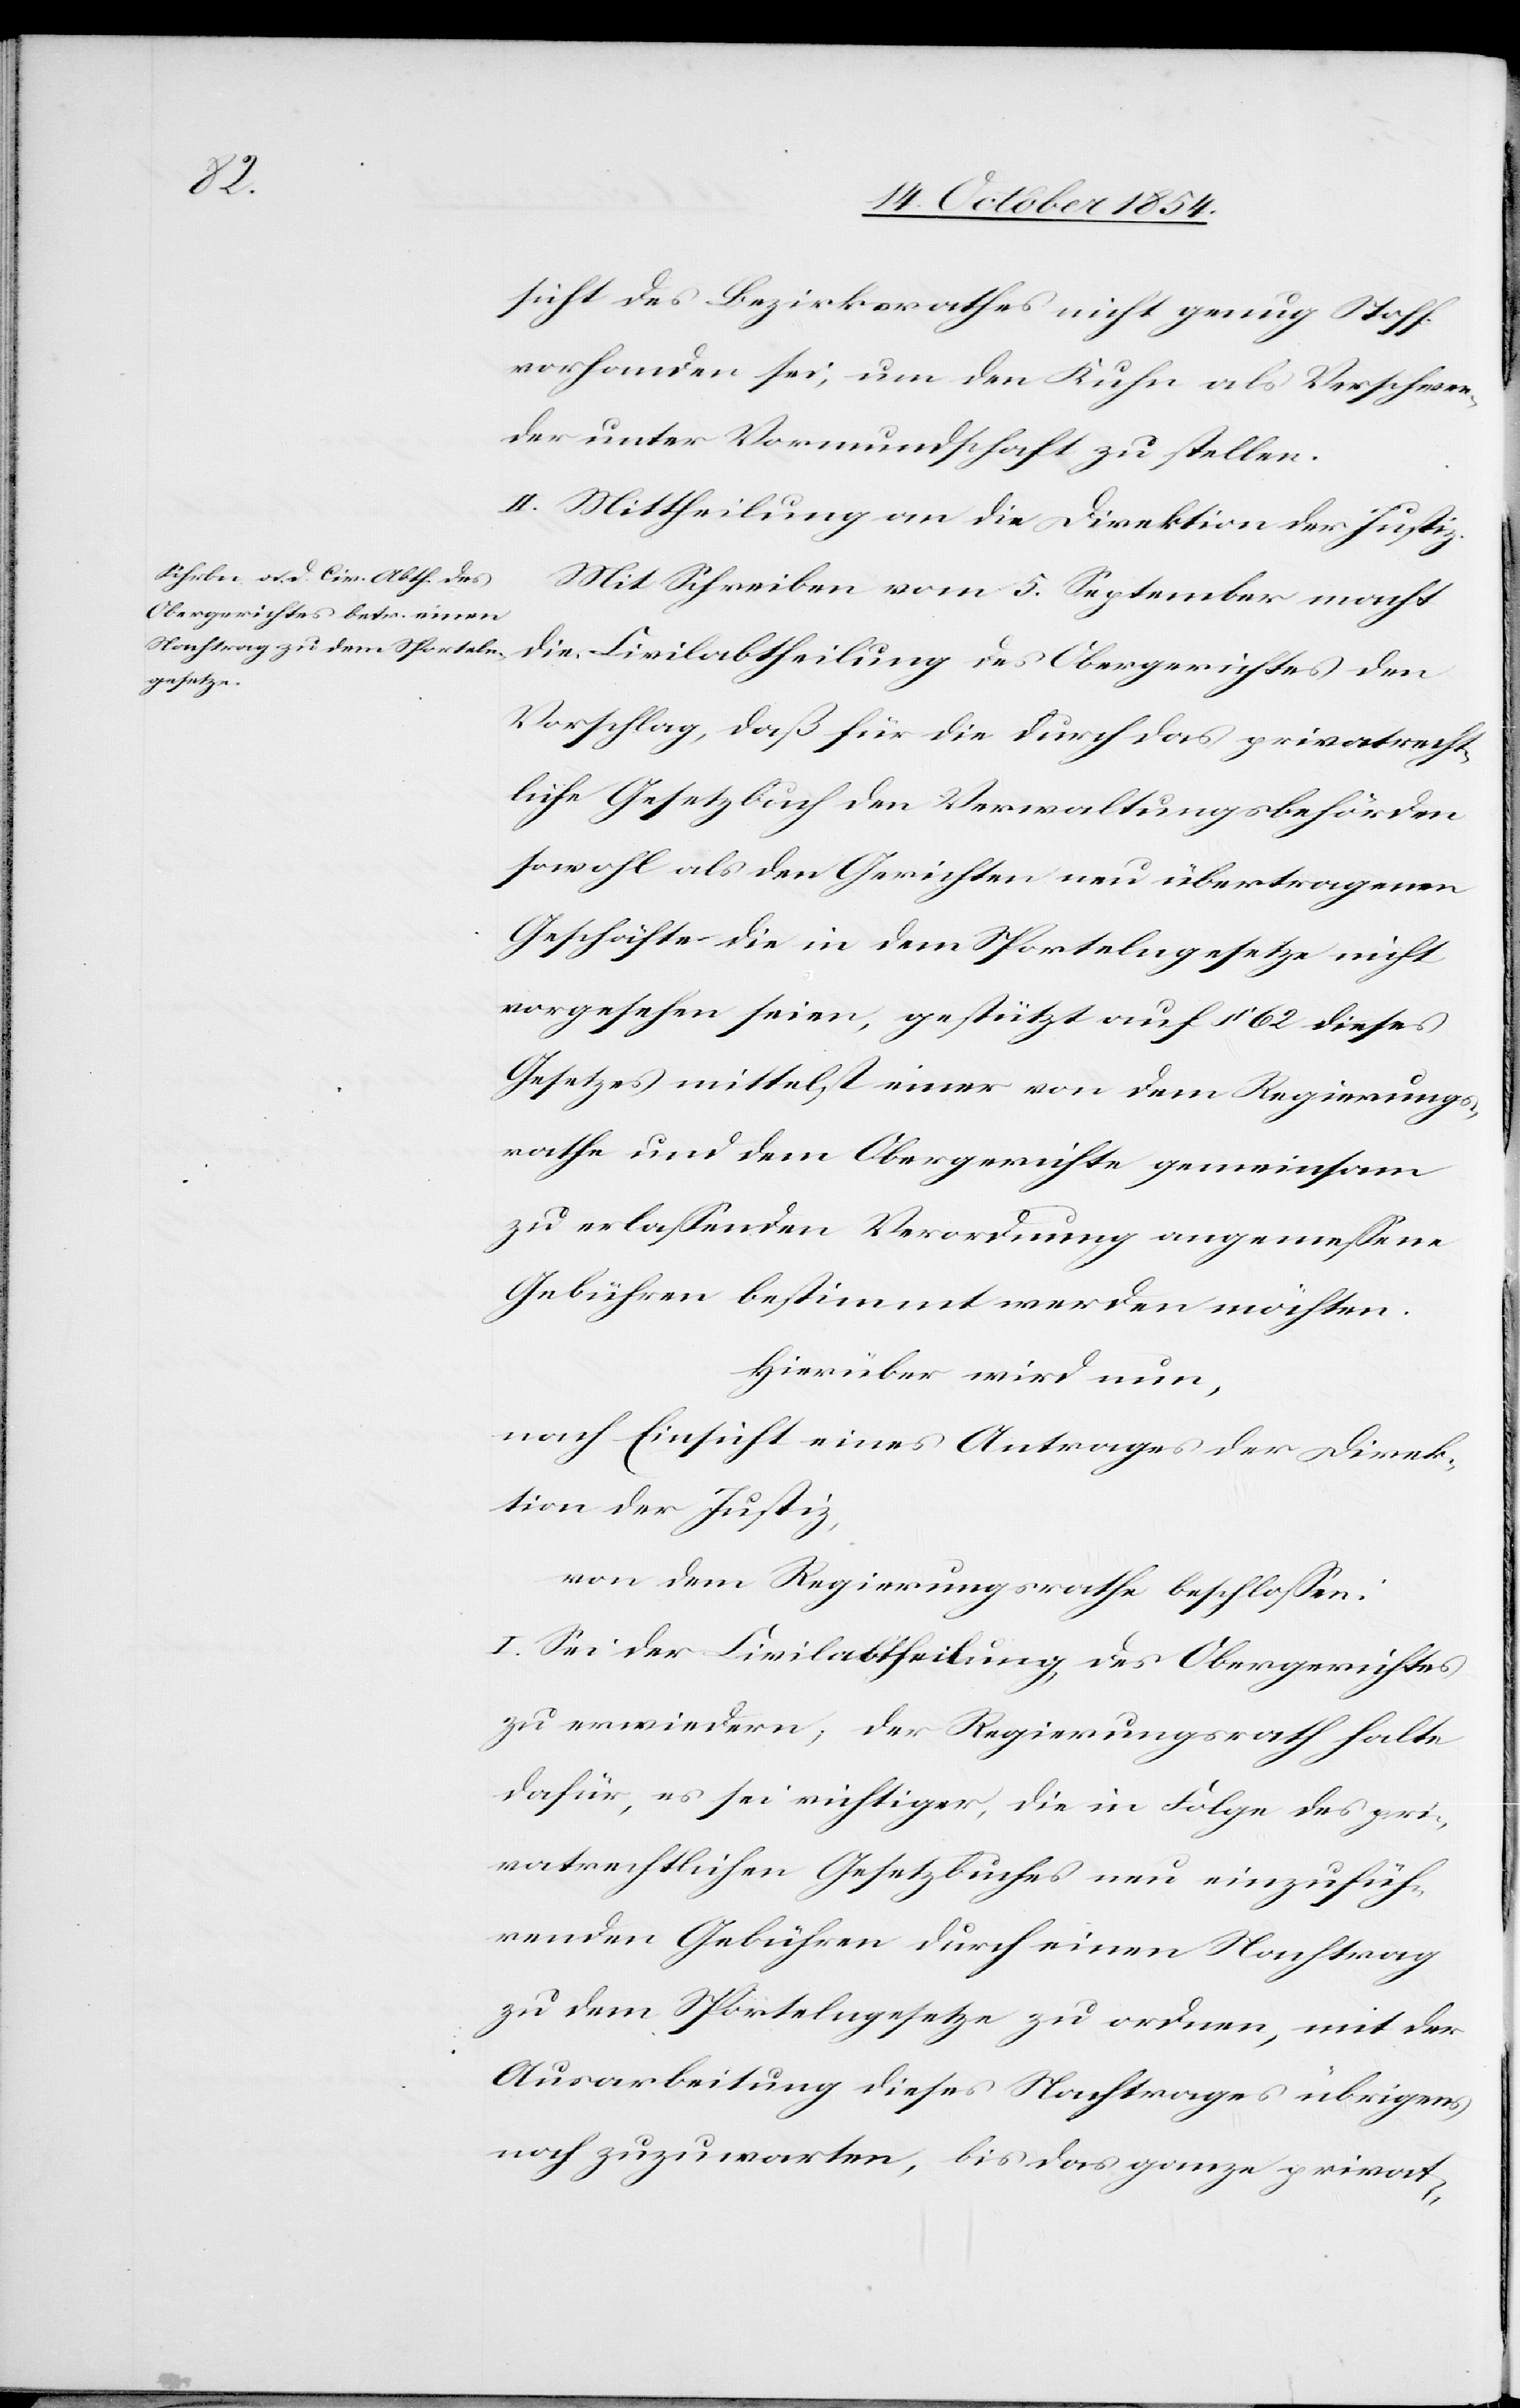
sicht des Bezirksrathes nicht genug Stoff
vorhanden sei, um den Kuhn als Verschwen¬
der unter Vormundschaft zu stellen.
II. Mittheilung an die Direktion der Justiz.
Mit Schreiben vom 5. September macht
Vorschlag, daß für die durch das privatrecht¬
liche Gesetzbuch den Verwaltungsbehörden
sowohl als den Gerichten neu übertragenen
Geschäft die in dem Sportelngesetze nicht
vorgesehen seien, gestützt auf § 62 dieses
Gesetzes mittelst einer von dem Regierungs¬
rathe und dem Obergerichte gemeinsam
zu erlaßenden Verordnung angemeßen
Gebühren bestimmt werden möchten.
Hierüber wird nun,
nach Einsicht eines Antrages der Direk¬
tion der Justiz,
von dem Regierungsrathe beschloßen:
I. Sei der Civilabtheilung des Obergerichtes
zu erwiedern, der Regierungsrath halte
dafür, es sei richtiger, die in Folge des pri¬
vatrechtlichen Gesetzbuches neu einzufüh¬
renden Gebühren durch einen Nachtrag
zu dem Sportelngesetz zu ordnen, mit der
Ausarbeitung dieses Nachtrages übrigens
noch zuzuwarten, bis das ganze privat-